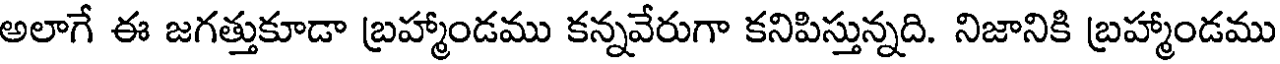
అలాగే ఈ జగత్తుకూడా బ్రహ్మాండము కన్నవేరుగా కనిపిస్తున్నది. నిజానికి బ్రహ్మాండము